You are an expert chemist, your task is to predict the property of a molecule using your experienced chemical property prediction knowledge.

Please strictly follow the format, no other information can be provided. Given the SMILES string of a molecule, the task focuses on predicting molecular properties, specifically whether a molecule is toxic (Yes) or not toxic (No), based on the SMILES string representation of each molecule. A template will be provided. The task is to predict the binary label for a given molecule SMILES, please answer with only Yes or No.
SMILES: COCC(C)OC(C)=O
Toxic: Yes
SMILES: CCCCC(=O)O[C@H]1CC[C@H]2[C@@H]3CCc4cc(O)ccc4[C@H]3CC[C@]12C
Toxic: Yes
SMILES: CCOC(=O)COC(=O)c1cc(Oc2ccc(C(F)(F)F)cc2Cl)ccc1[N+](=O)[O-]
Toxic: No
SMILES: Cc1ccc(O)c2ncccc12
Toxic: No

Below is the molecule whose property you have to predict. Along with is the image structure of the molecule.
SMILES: Nc1nc2nc[nH]c2c(=S)[nH]1
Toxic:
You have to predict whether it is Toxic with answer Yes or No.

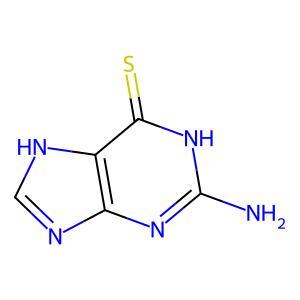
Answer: No